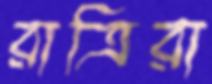
রাত্রিরা